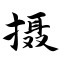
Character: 摄